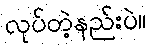
လုပ်တဲ့နည်းပဲ။